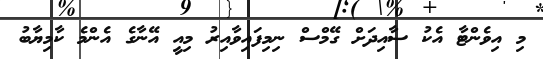
މި އިވެންޓާ އެކު ސާއިދަށް ގޭމްސް ނިމިފައިވާއިރު މިއީ އޭނާގެ އެންމެ ކާމިޔާބު